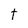
Character: t